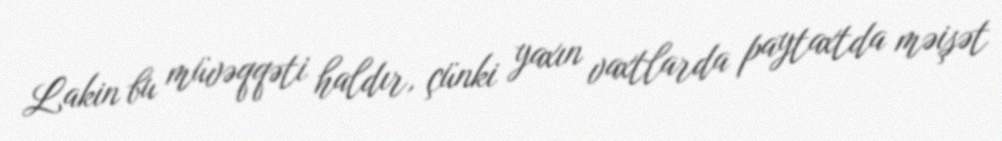
Lakin bu müvəqqəti haldır, çünki yaxın vaxtlarda paytaxtda məişət